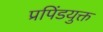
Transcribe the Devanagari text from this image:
प्रपिंडयुक्त